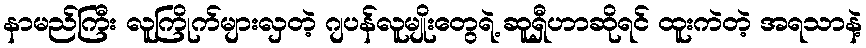
နာမည်ကြီး လူကြိုက်များလှတဲ့ ဂျပန်လူမျိုးတွေရဲ့ ဆူရှီဟာဆိုရင် ထူးကဲတဲ့ အရသာနဲ့